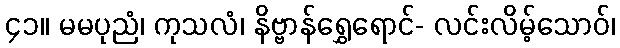
၄၁။ မမပုညံ၊ ကုသလံ၊ နိဗ္ဗာန်ရွှေရောင်- လင်းလိမ့်သောဝ်၊